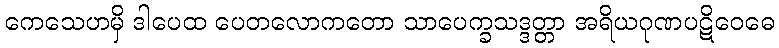
ကေသေဟမှိ ဒါပေထ ပေတလောကတော သာပေက္ခသဒ္ဒတ္တာ အရိယဂုဏပဋိဝေဓေ